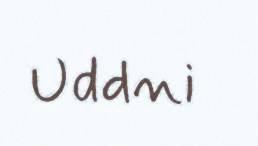
Uddni